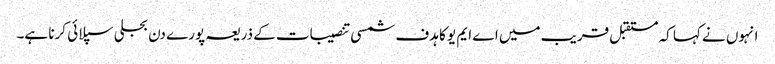
انہوں نے کہا کہ مستقبل قریب میں اے ایم یو کا ہدف شمسی تنصیبات کے ذریعہ پورے دن بجلی سپلائی کرنا ہے۔